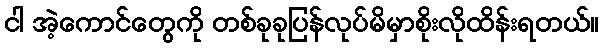
ငါ အဲ့ကောင်တွေကို တစ်ခုခုပြန်လုပ်မိမှာစိုးလိုထိန်းရတယ်။